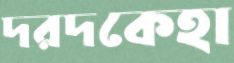
দরদকেহা